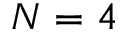
N = 4